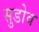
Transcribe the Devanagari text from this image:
सुडोव